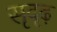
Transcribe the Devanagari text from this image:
सृदृढ़